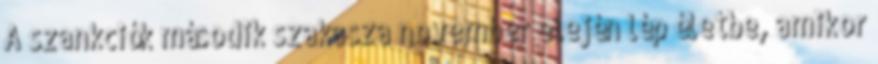
A szankciók második szakasza november elején lép életbe, amikor